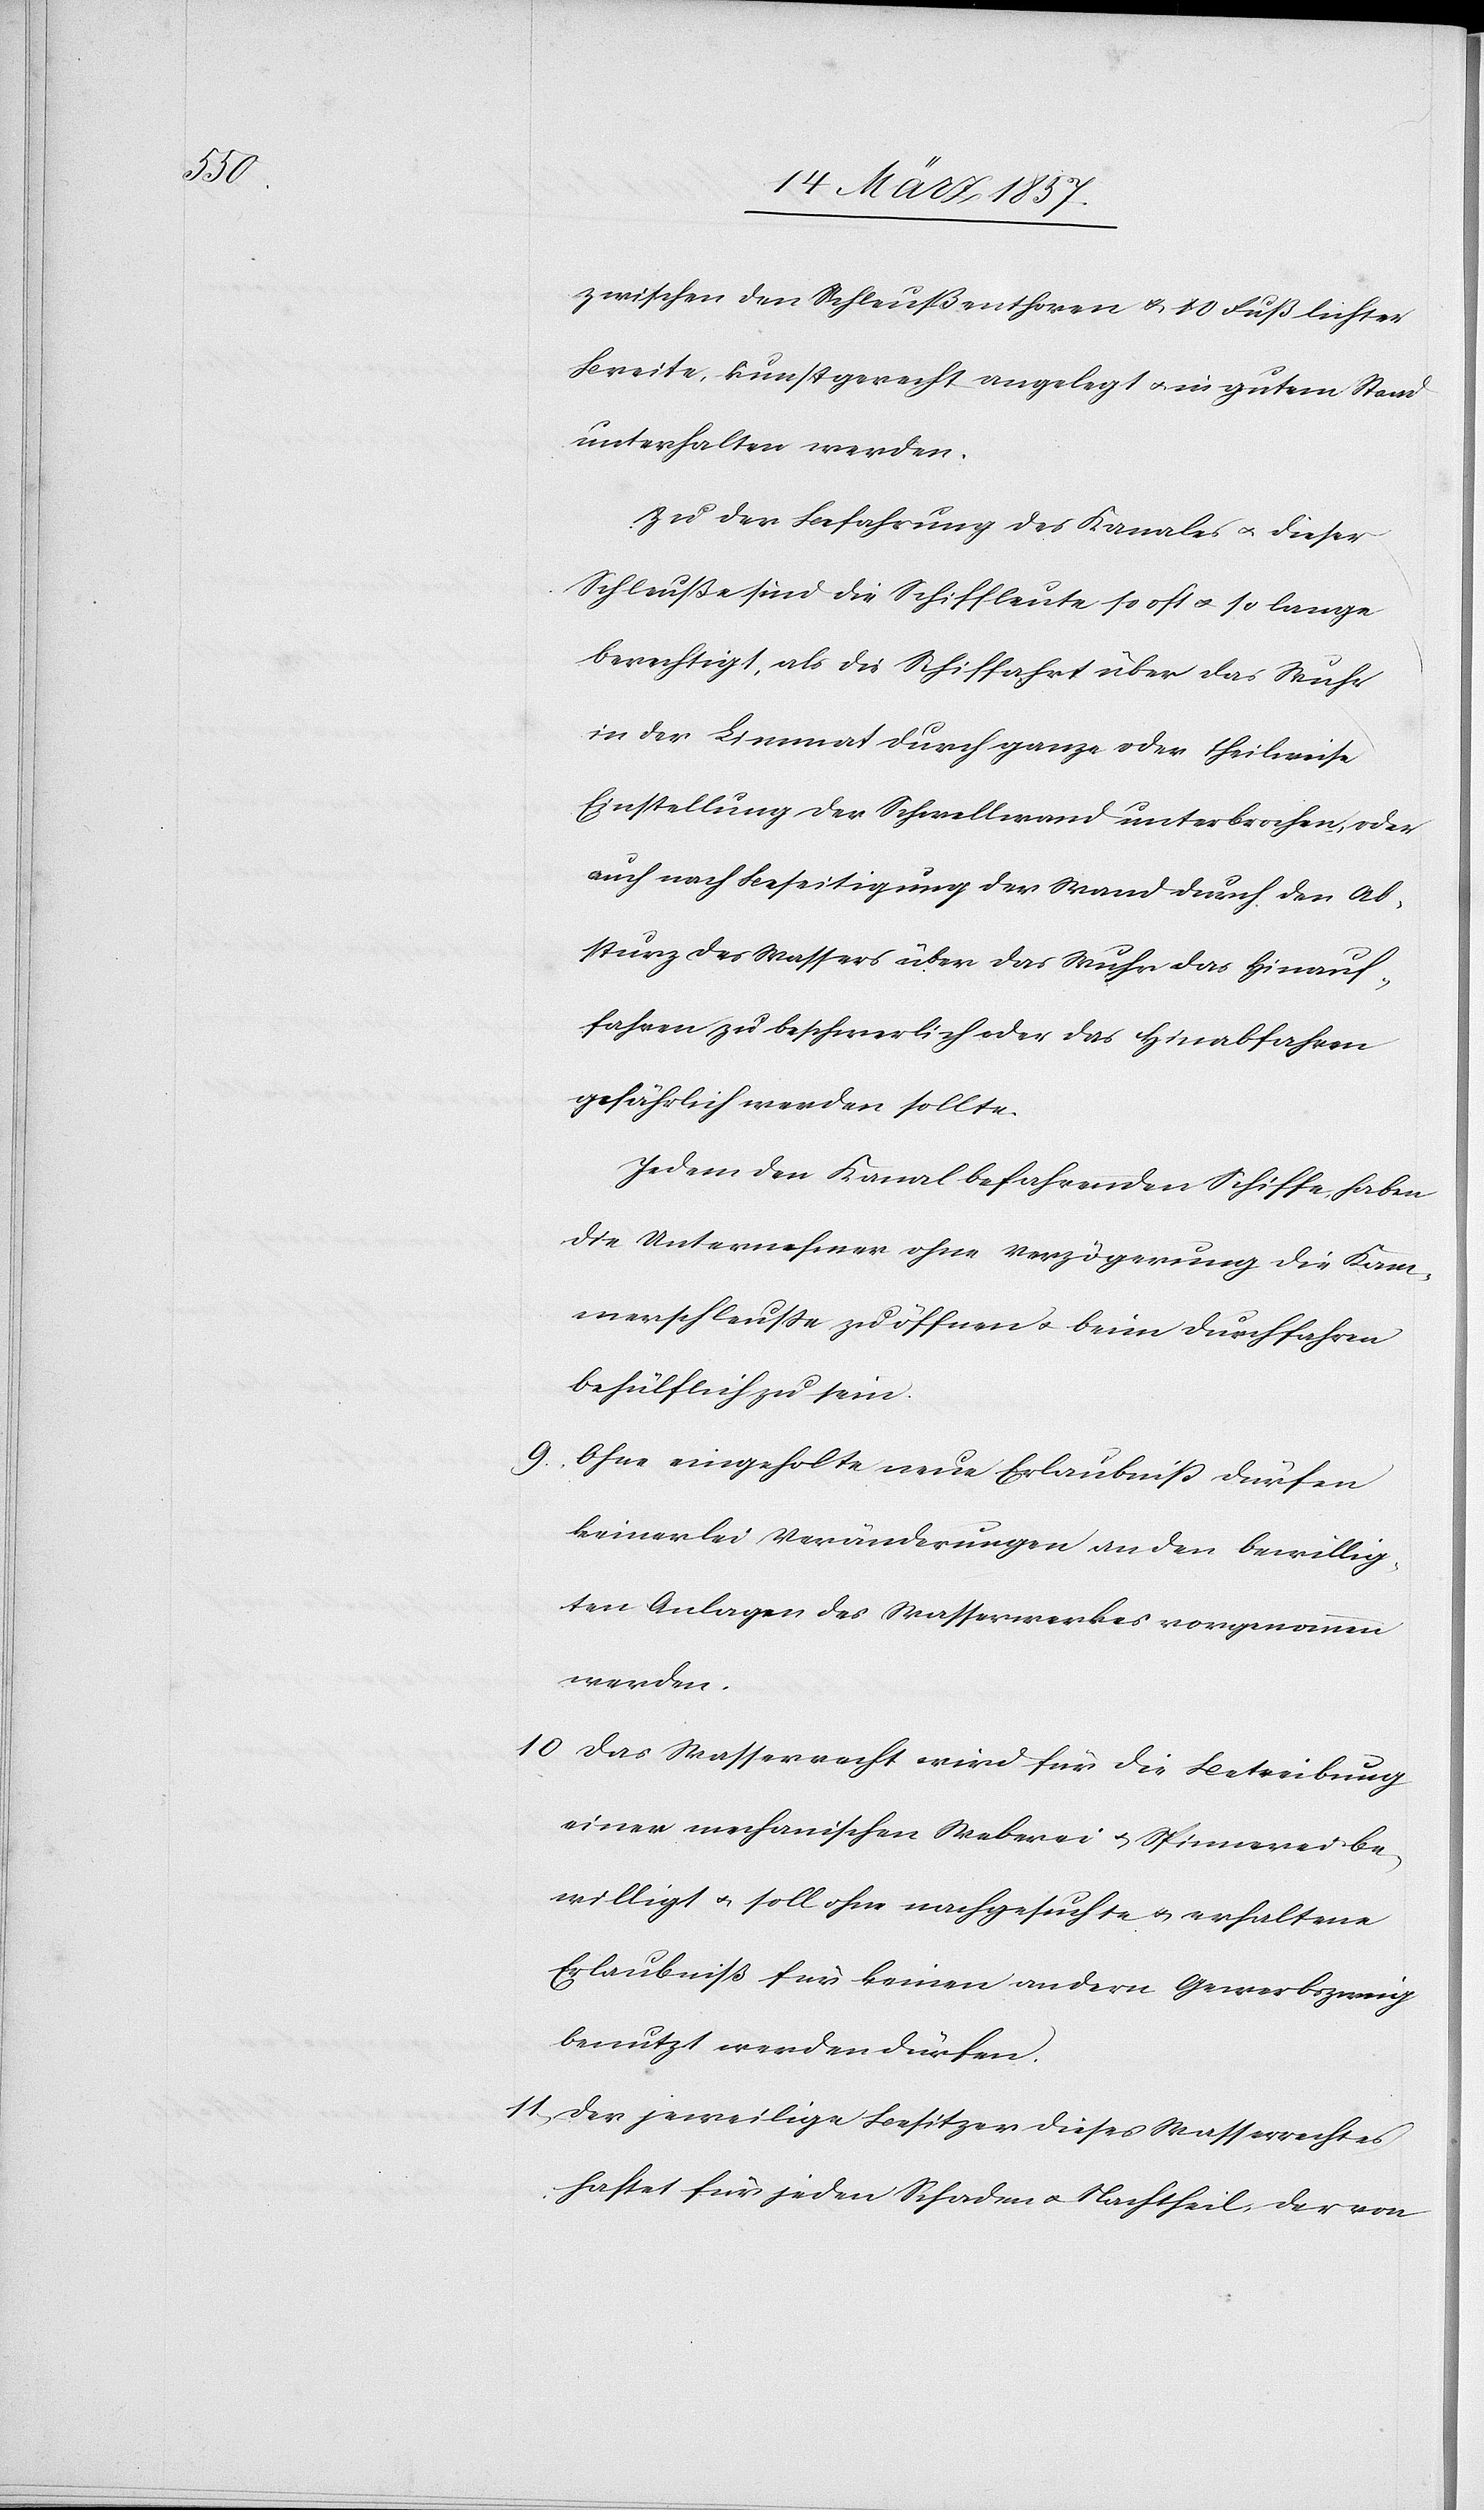
zwischen den Schleußenthoren u. 10 Fuß lichter
Breite, kunstgerecht angelegt u. in gutem Stand
unterhalten werden.
Zu der Befahrung des Kanales u. dieser
Schleuße sind die Schiffleute so oft u. so lange
berechtigt, als die Schiffahrt über das Wuhr
in der Limmat durch ganze oder theilweise
Einstellung der Schwellwand unterbrochen, oder
auch nach Beseitigung der Wand durch den Ab¬
sturz des Wassers über das Wuhr das Hinauf¬
fahren zu beschwerlich oder das Hinabfahren
gefährlich werden sollte.
Jedem den Kanal befahrenden Schiffe, haben
die Unternehmer ohne Verzögerung die Kam¬
merschleuße zu öffnen u. beim Durchfahren
behülflich zu sein.
9. Ohne eingeholte neue Erlaubniß dürfen
keinerlei Veränderungen an den bewillig¬
ten Anlagen des Wasserwerkes vorgenommen
werden.
10. Das Wasserrecht wird für die Betreibung
einer mechanischen Weberei u. Spinnerei be¬
willigt u. soll ohne nachgesuchte u. erhaltene
Erlaubniß für keinen andern Gewerbszweig
benutzt werden dürfen.
11. Der jeweilige Besitzer dieses Wasserrechts
haftete für jeden Schaden u. Nachtheil, der von